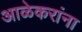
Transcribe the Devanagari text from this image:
आळेकरांना